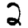
Digit: 2